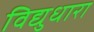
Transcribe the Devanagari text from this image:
विद्युधारा